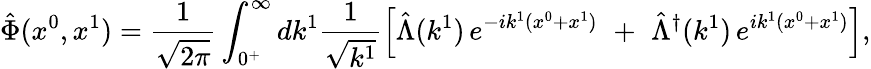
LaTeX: \hat{\Phi}(x^{0},x^{1})=\frac{1}{\sqrt{2\pi}}\int_{0^{+}}^{\infty}dk^{1}\frac{1}{\sqrt{k^{1}}}\left[\hat{\Lambda}(k^{1})\, e^{-ik^{1}(x^{0}+x^{1})}\, \, +\, \, \hat{\Lambda}^{\dagger}(k^{1})\, e^{ik^{1}(x^{0}+x^{1})}\right],